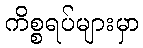
ကိစ္စရပ်များမှာ